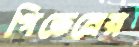
গিভেনের